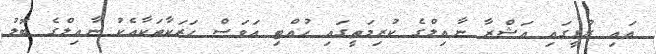
އައި ރުޅީގައި އަޝްރާ ނާއިލްގެ ކުރިމަތީގައި ހުއްޓި އަވަސް ހަރަކާތަކާއެކު ނާއިލްގެ ބޮލު